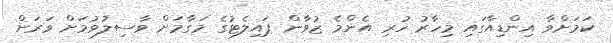
ކަމަށްވާ އިންޑިއާގައި މިހާރު ހުރި އެންމެ ޒުވާން ޕައިލެޓުގެ މަގާމަށް ވާސިލުވުމަށް ވަރަށް